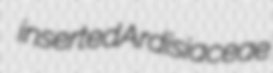
inserted Ardisiaceae